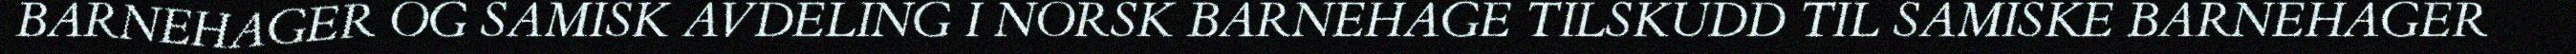
BARNEHAGER OG SAMISK AVDELING I NORSK BARNEHAGE TILSKUDD TIL SAMISKE BARNEHAGER